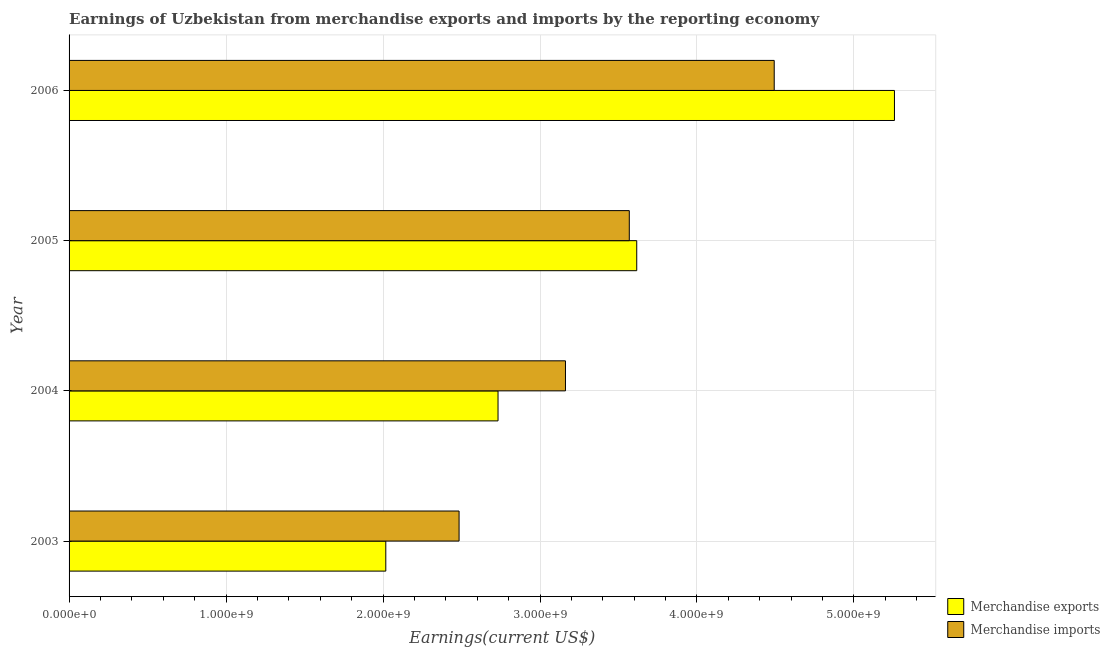
| Year | Merchandise exports | Merchandise imports |
 | --- | --- | --- |
 | 2003 | 2.02e+09 | 2.48e+09 |
 | 2004 | 2.73e+09 | 3.16e+09 |
 | 2005 | 3.62e+09 | 3.57e+09 |
 | 2006 | 5.26e+09 | 4.49e+09 |